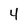
Character: 4